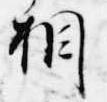
相